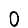
Digit: 0